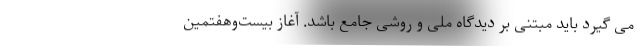
می گیرد باید مبتنی بر دیدگاه ملی و روشی جامع باشد. آغاز بیست‌وهفتمین